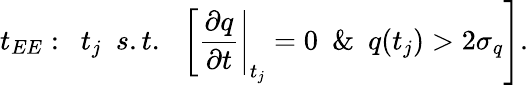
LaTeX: t_{EE}:~\ t_{j}~\ s.t.~\ \left.\left[\frac{\partial q}{\partial t}\right|_{t_{j}}=0~\ \& ~\ q(t_{j})>2\sigma_{q}\right].